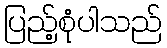
ပြည့်စုံပါသည်